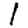
Digit: 1